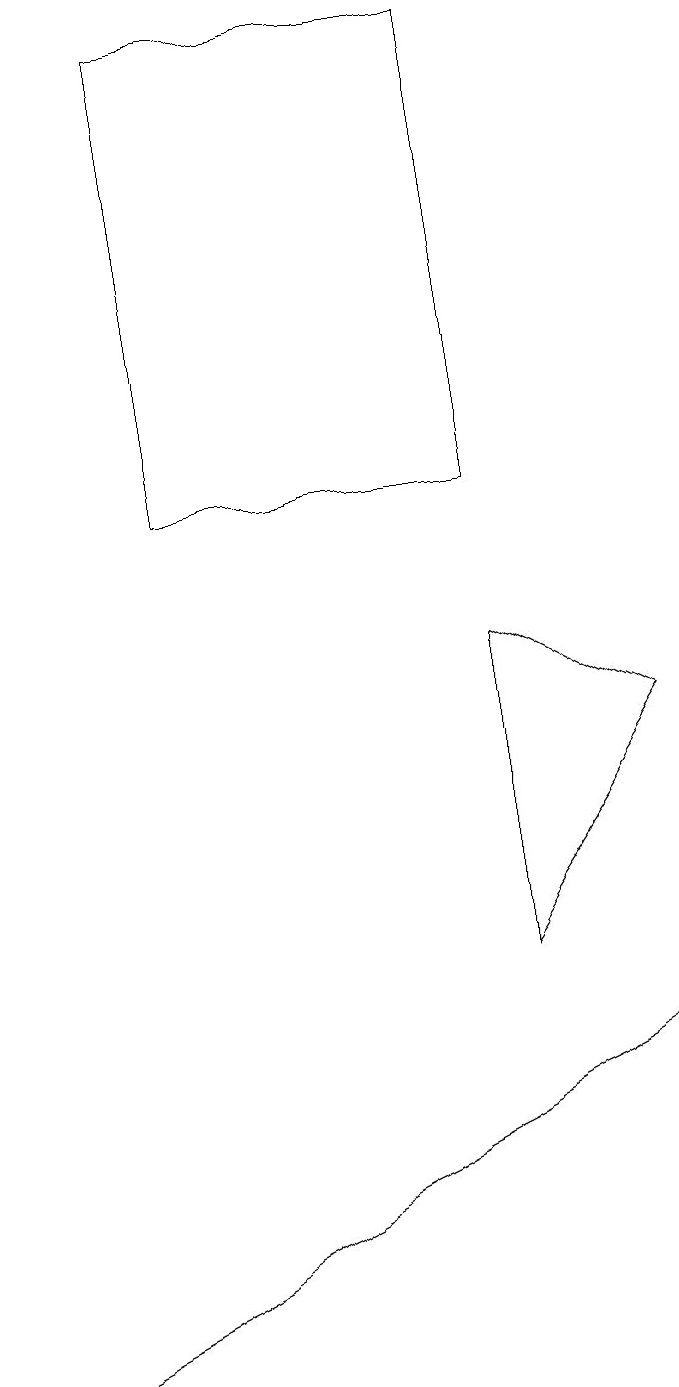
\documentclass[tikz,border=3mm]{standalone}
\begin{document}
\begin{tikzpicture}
\draw (7,17) rectangle (3,11);
\draw (5,2) -- (9,4) -- (1,0) -- cycle;
\draw (7,5) -- (9,8) -- (7,9) -- cycle;
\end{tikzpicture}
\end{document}